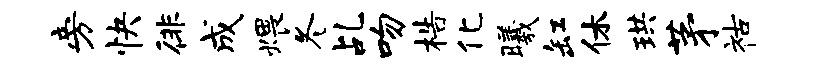
旁快徘成煨冬乩吻梏化曦缸休珙茅祜